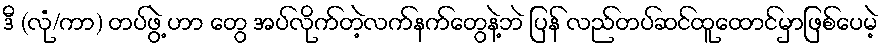
ဒီ (လုံ/ကာ) တပ်ဖွဲ့ ဟာ တွေ အပ်လိုက်တဲ့လက်နက်တွေနဲ့ဘဲ ပြန် လည်တပ်ဆင်ထူထောင်မှာဖြစ်ပေမဲ့